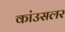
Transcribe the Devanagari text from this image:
कांउसलर